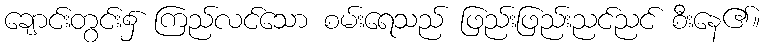
ချောင်းတွင်း၌ ကြည်လင်သော စမ်းရေသည် ဖြည်းဖြည်းညင်ညင် စီးနေ၏။